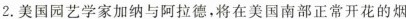
2.美国园艺学家加纳与阿拉德，将在美国南部正常开花的烟